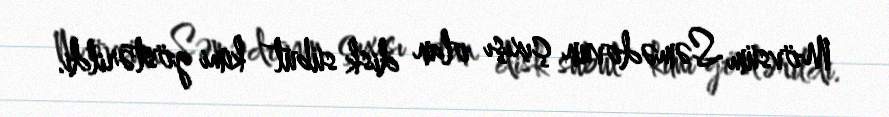
Mövsüm Səmədovun çıxışı olan disk sübut kimi göstərildi.